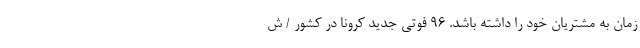
زمان به مشتریان خود را داشته باشد. ۹۶ فوتی جدید کرونا در کشور / ش